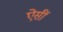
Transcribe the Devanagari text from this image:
ऐसीं